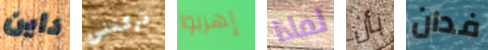
داين تركتنى إهربوا لماذا بأن فدان